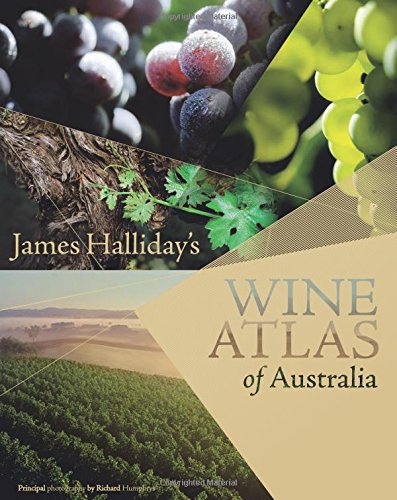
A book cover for James Halliday's Wine Atlas of Australia; James Halliday; Travel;